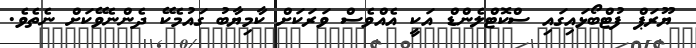
ޔޫރަޕް ފުޓްބޯޅައިގައި ސްކޮޓްލެންޑް އަކީ އެއްވެސް ވަރަކަށް ކާމިޔާބު ގައުމެކޭ ދެންނެވޭކަށް ނެތެވެ.